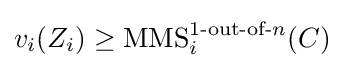
v_{i}(Z_{i})\geq \operatorname {MMS} _{i}^{1{\text{-out-of-}}n}(C)